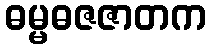
ဓမ္မဓဇဇာတက